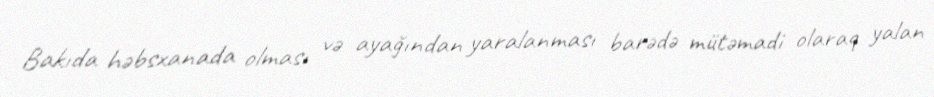
Bakıda həbsxanada olması və ayağından yaralanması barədə mütəmadi olaraq yalan